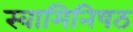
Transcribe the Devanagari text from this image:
स्वामिनिषठ